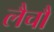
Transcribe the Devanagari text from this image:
लैचौ